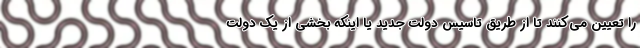
را تعیین می‌کنند تا از طریق تاسیس دولت جدید یا اینکه بخشی از یک دولت